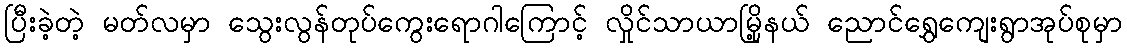
ပြီးခဲ့တဲ့ မတ်လမှာ သွေးလွန်တုပ်ကွေးရောဂါကြောင့် လှိုင်သာယာမြို့နယ် ညောင်ရွှေကျေးရွာအုပ်စုမှာ